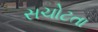
સચોટતા